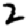
Digit: 2